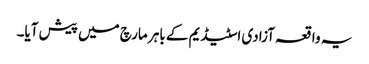
یہ واقعہ آزادی اسٹیڈیم کے باہر مارچ میں پیش آیا۔